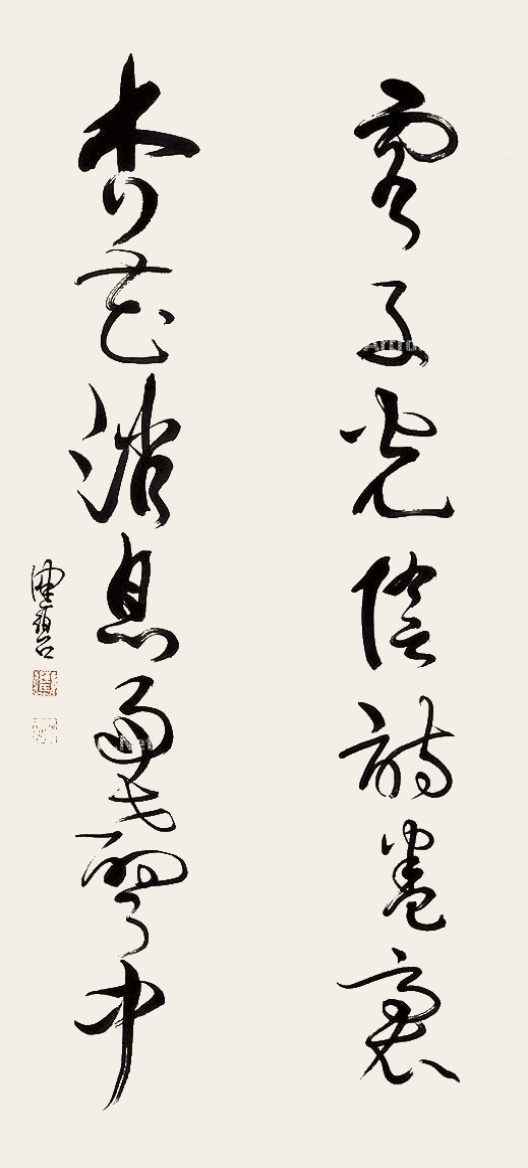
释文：客子光阴书卷里，杏花消息雨声中。健碧。